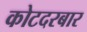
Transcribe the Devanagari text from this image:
कोटदरबार